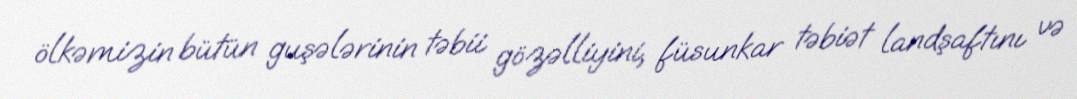
ölkəmizin bütün guşələrinin təbii gözəlliyini, füsunkar təbiət landşaftını və